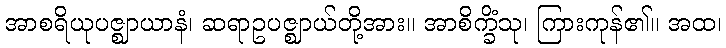
အာစရိယုပဇ္ဈာယာနံ၊ ဆရာဥပဇ္ဈာယ်တို့အား။ အာစိက္ခိံသု၊ ကြားကုန်၏။ အထ၊